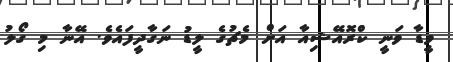
ވީޑާ ވަނީ ކްރޮއޭޝިއާ އަށް މެޗުގެ ލީޑު ނަގާދީފައެވެ. އޭނާ މި ގޯލު